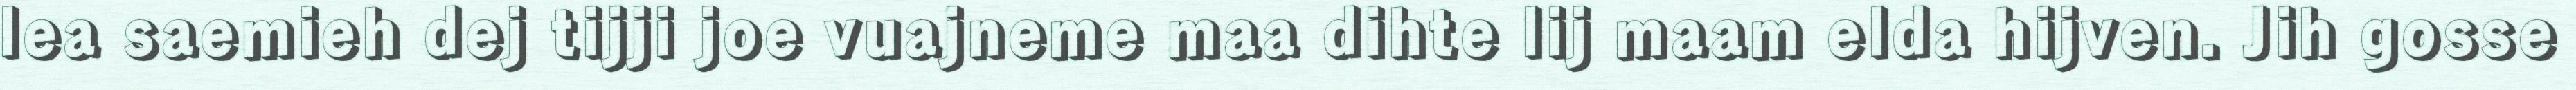
lea saemieh dej tijji joe vuajneme maa dihte lij maam elda hijven. Jih gosse